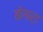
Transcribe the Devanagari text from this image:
बोंगार्ड